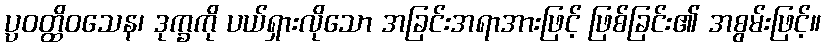
ပ္ပဝတ္ထိဝသေန၊ ဒုက္ခကို ပယ်ရှားလိုသော အခြင်းအရာအားဖြင့် ဖြစ်ခြင်း၏ အစွမ်းဖြင့်။